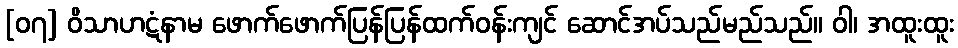
[၀၇] ဝိသာဟဋံနာမ ဖောက်ဖောက်ပြန်ပြန်ထက်ဝန်းကျင် ဆောင်အပ်သည်မည်သည်။ ဝါ၊ အထူးထူး